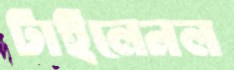
টাইলেনল